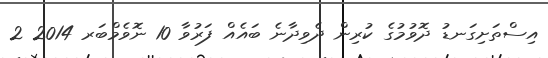
އިސްތަށިގަނޑު ދޮވުމުގެ ކުރިން ދެވިދާނެ ބައެއް ފަރުވާ 10 ނޮވެމްބަރ 2014 2